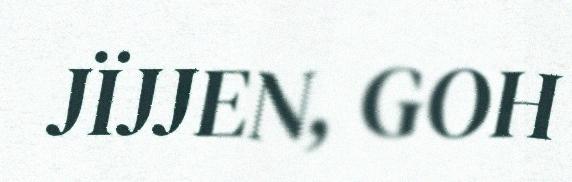
JÏJJEN, GOH